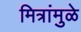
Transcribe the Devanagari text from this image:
मित्रांमुळे